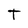
Character: t